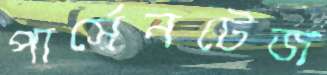
পার্সেনটেজ